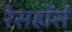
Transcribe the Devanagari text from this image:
रेसहॉर्स